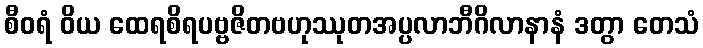
စီဝရံ ဝိယ ထေရစိရပဗ္ဗဇိတဗဟုဿုတအပ္ပလာဘီဂိလာနာနံ ဒတွာ တေသံ